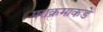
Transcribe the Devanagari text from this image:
पराक्रमाकडे